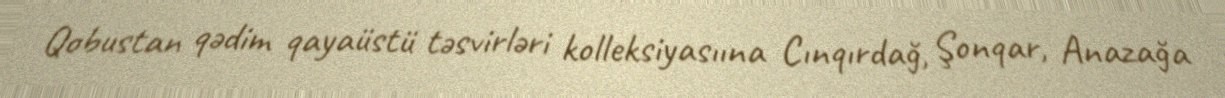
Qobustan qədim qayaüstü təsvirləri kolleksiyasıına Cınqırdağ, Şonqar, Anazağa